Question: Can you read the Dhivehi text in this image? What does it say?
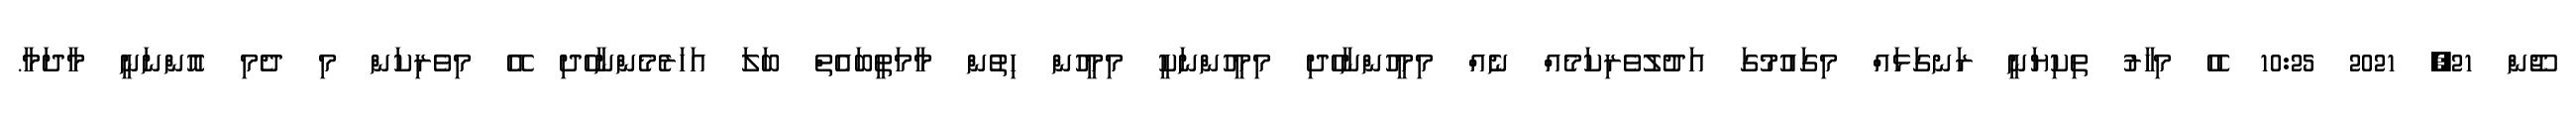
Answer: ޖޫން 21, 2021 10:25 ހެހެ މިހާރު ތިކިޔަނީ ރަނގަޅައް މިގައުމުގަ އަދުލުވެރިކަމެއް ނެއް މިމީހުންނާހެދި މިމީހުންނަކީ މިމީހުން ހިތުން މާމަތީބައެތް ބަލަ އަހަރެމެންނާހެދި އޭ މިވެރިކަން މި ދެމި އޮންނަނީ މާދަމާ.